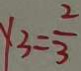
y _ { 3 } = \frac { 2 } { 3 }